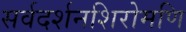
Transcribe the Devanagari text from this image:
सर्वदर्शनशिरोमणि